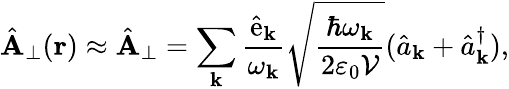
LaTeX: \hat{\mathbf A}_{\perp}({\mathbf r})\approx\hat{\mathbf A}_{\perp}=\sum_{\mathbf k}\frac{\hat{{\mathcal{\mathrm{e}}}}_{\mathbf k}}{\omega_{\mathbf k}}\sqrt{\frac{\hbar\omega_{\mathbf k}}{2\varepsilon_{0}\mathcal{V}}}(\hat{a}_{\mathbf k}+\hat{a}_{\mathbf k}^{\dagger}),